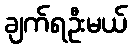
ချက်ရဦးမယ်